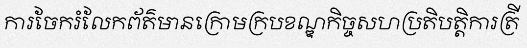
ការចែករំលែកព័ត៌មានក្រោមក្របខណ្ឌកិច្ចសហប្រតិបត្តិការត្រី